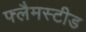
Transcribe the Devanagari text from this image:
फ्लैमस्टीड